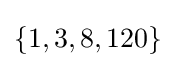
\{1,3,8,120\}